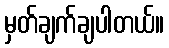
မှတ်ချက်ချပါတယ်။